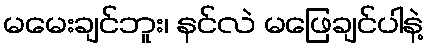
မမေးချင်ဘူး၊ နင်လဲ မဖြေချင်ပါနဲ့